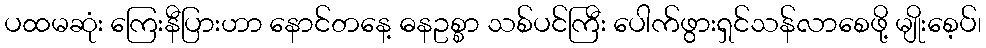
ပထမဆုံး ကြေးနီပြားဟာ နောင်တနေ့ ဓနဥစ္စာ သစ်ပင်ကြီး ပေါက်ဖွားရှင်သန်လာစေဖို့ မျိုးစေ့ပ်၊